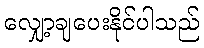
လျှော့ချပေးနိုင်ပါသည်